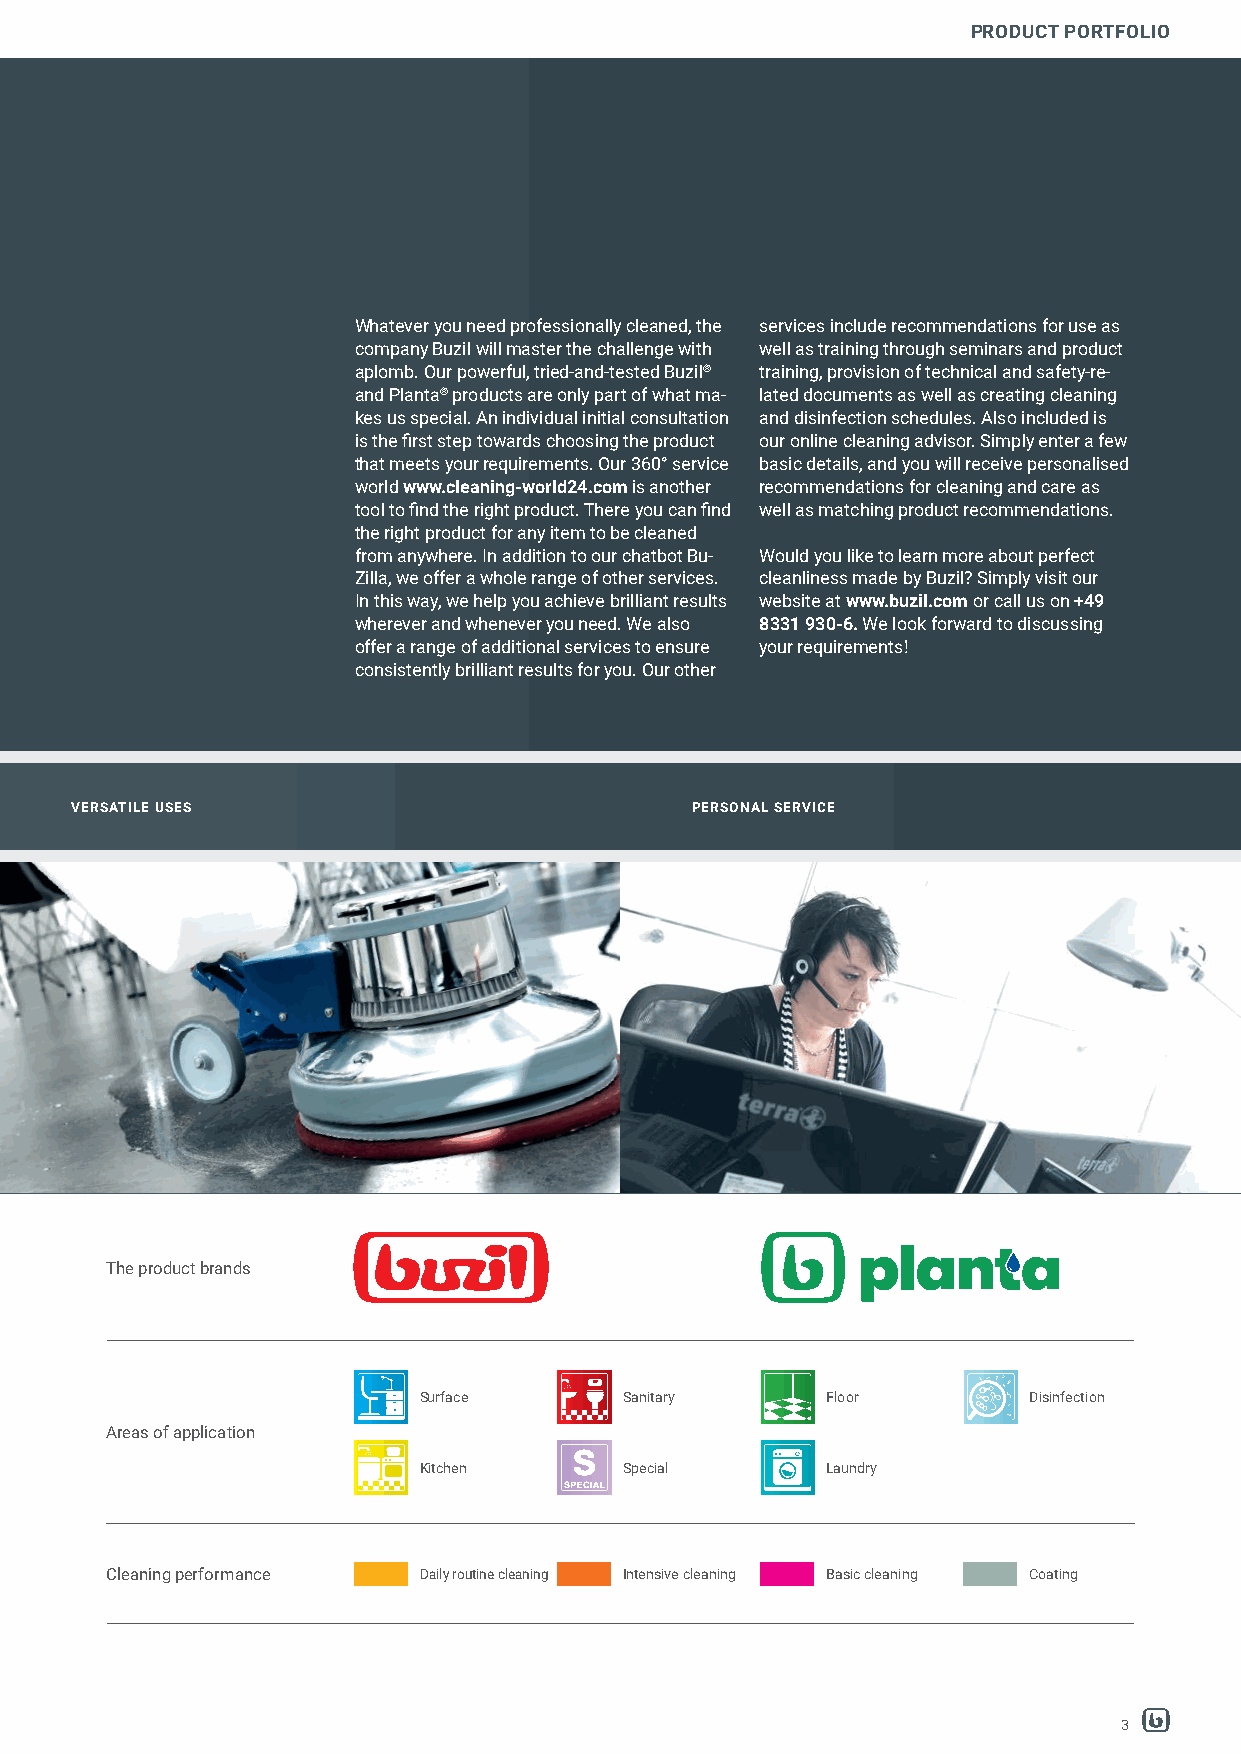
PRODUCT PORTFOLIO
 Whatever you need professionally cleaned, the services include recommendations for use as
 company Buzil will master the challenge with well as training through seminars and product
 aplomb. Our powerful, tried-and-tested Buzil® training, provision of technical and safety-re-
 and Planta® products are only part of what ma- lated documents as well as creating cleaning
 kes us special. An individual initial consultation and disinfection schedules. Also included is
 is the first step towards choosing the product our online cleaning advisor. Simply enter a few
 that meets your requirements. Our 360° service basic details, and you will receive personalised
 world www.cleaning-world24.com is another recommendations for cleaning and care as
 tool to find the right product. There you can find well as matching product recommendations.
 the right product for any item to be cleaned
 from anywhere. In addition to our chatbot Bu- Would you like to learn more about perfect
 Zilla, we offer a whole range of other services. cleanliness made by Buzil? Simply visit our
 In this way, we help you achieve brilliant results website at www.buzil.com or call us on +49
 wherever and whenever you need. We also 8331 930-6. We look forward to discussing
 offer a range of additional services to ensure your requirements!
 consistently brilliant results for you. Our other
 VERSATILE USES                           PERSONAL SERVICE
 The product brands
 Surface      Sanitary      Floor        Disinfection
 Areas of application
 Kitchen      Special       Laundry
 Cleaning performance Daily routine cleaning Intensive cleaning Basic cleaning Coating
 3